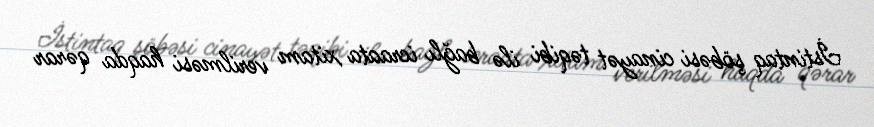
İstintaq şöbəsi cinayət təqibi ilə bağlı icraata xitam verilməsi haqda qərar